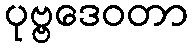
ပုဗ္ဗဒေဝတာ